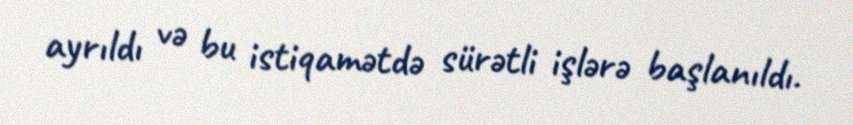
ayrıldı və bu istiqamətdə sürətli işlərə başlanıldı.